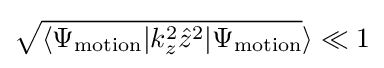
{\sqrt {\langle \Psi _{\rm {motion}}\vert k_{z}^{2}{\hat {z}}^{2}\vert \Psi _{\rm {motion}}}}\rangle \ll 1